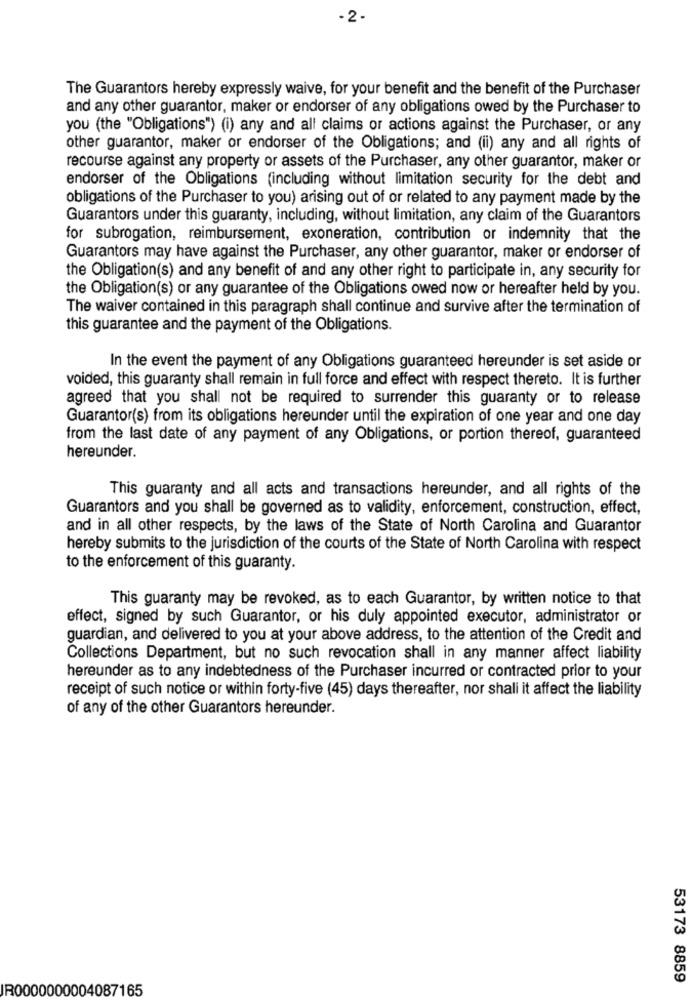
-2-
The Guarantors hereby expressly waive, for your benefit and the benefit of the Purchaser
and any other guarantor, maker or endorser of any obligations owed by the Purchaser to
you (the "Obligations") (i) any and all claims or actions against the Purchaser, or any
other guarantor, maker or endorser of the Obligations; and (ii) any and all rights of
recourse against any property or assets of the Purchaser, any other guarantor, maker or
endorser of the Obligations (including without limitation security for the debt and
obligations of the Purchaser to you) arising out of or related to any payment made by the
Guarantors under this guaranty, including, without limitation, any claim of the Guarantors
for subrogation, reimbursement, exoneration, contribution or indemnity that the
Guarantors may have against the Purchaser, any other guarantor, maker or endorser of
the Obligation(s) and any benefit of and any other right to participate in, any security for
the Obligation(s) or any guarantee of the Obligations owed now or hereafter held by you.
The waiver contained in this paragraph shall continue and survive after the termination of
this guarantee and the payment of the Obligations.
In the event the payment of any Obligations guaranteed hereunder is set aside or
voided, this guaranty shall remain in full force and effect with respect thereto. It is further
agreed that you shall not be required to surrender this guaranty or to release
Guarantor(s) from its obligations hereunder until the expiration of one year and one day
from the last date of any payment of any Obligations, or portion thereof, guaranteed
hereunder.
This guaranty and all acts and transactions hereunder, and all rights of the
Guarantors and you shall be governed as to validity, enforcement, construction, effect,
and in all other respects, by the laws of the State of North Carolina and Guarantor
hereby submits to the jurisdiction of the courts of the State of North Carolina with respect
to the enforcement of this guaranty.
This guaranty may be revoked, as to each Guarantor, by written notice to that
effect, signed by such Guarantor, or his duly appointed executor, administrator or
guardian, and delivered to you at your above address, to the attention of the Credit and
Collections Department, but no such revocation shall in any manner affect liability
hereunder as to any indebtedness of the Purchaser incurred or contracted prior to your
receipt of such notice or within forty-five (45) days thereafter, nor shall it affect the liability
of any of the other Guarantors hereunder.
53173 8859
IR0000000004087165